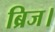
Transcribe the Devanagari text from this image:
ब्रिज।